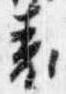
表